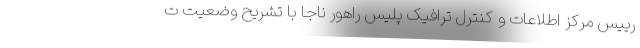
رییس مرکز اطلاعات و کنترل ترافیک پلیس راهور ناجا با تشریح وضعیت ت